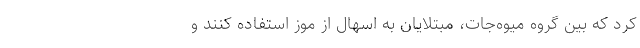
کرد که بین گروه میوه‌جات، مبتلایان به اسهال از موز استفاده کنند و